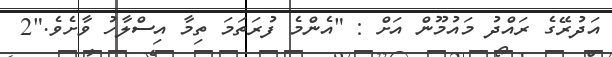
އަދުރޭގެ ރައްދު މައުމޫން އަށް : "އެންމެ ފުރަތަމަ ތިމާ އިސްލާހު ވާށެވެ."2